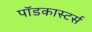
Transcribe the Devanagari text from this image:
पॉडकास्टर्स